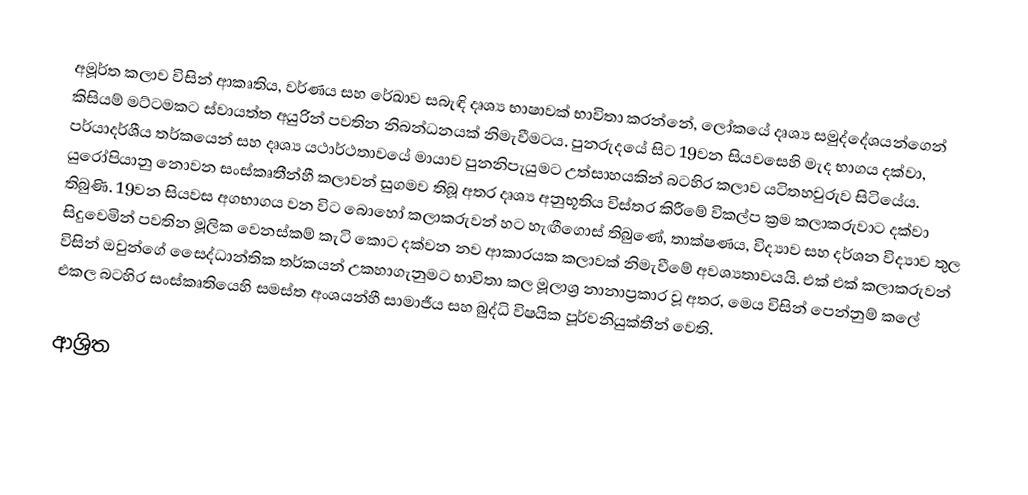
අමූර්ත කලාව විසින් ආකෘතිය, වර්ණය සහ රේඛාව සබැඳි දෘශ්‍ය භාෂාවක්  භාවිතා කරන්නේ, ලෝකයේ දෘශ්‍ය සමුද්දේශයන්ගෙන් කිසියම් මට්ටමකට ස්වායත්ත අයුරින් පවතින නිබන්ධනයක් නිමැවීමටය. පුනරුදයේ සිට 19වන සියවසෙහි මැද භාගය දක්වා,  පර්යාදර්ශීය තර්කයෙන් සහ දෘශ්‍ය යථාර්ථතාවයේ මායාව පුනනිපැයුමට උත්සාහයකින් බටහිර කලාව යටිතහවුරුව සිටියේය. යුරෝපියානු නොවන සංස්කෘතීන්හී කලාවන් සුගමව තිබූ අතර දෘශ්‍ය අනුභූතිය විස්තර කිරීමේ විකල්ප ක්‍රම කලාකරුවාට දක්වා තිබුණි. 19වන සියවස අගභාගය වන විට බොහෝ කලාකරුවන් හට හැඟීගොස් තිබුණේ, තාක්ෂණය, විද්‍යාව සහ දර්ශන විද්‍යාව තුල සිදුවෙමින් පවතින මූලික වෙනස්කම් කැටි කොට දක්වන නව ආකාරයක කලාවක් නිමැවීමේ අවශ්‍යතාවයයි.  එක් එක් කලාකරුවන් විසින් ඔවුන්ගේ සෛද්ධාන්තික තර්කයන් උකහාගැනුමට භාවිතා කල මූලාශ්‍ර නානාප්‍රකාර වූ අතර, මෙය විසින් පෙන්නුම් කලේ එකල බටහිර සංස්කෘතියෙහි සමස්ත අංශයන්හී සාමාජීය සහ බුද්ධි විෂයික පූර්වනියුක්තීන් වෙති.

ආශ්‍රිත